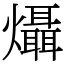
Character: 㸎